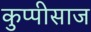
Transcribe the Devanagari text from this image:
कुप्पीसाज